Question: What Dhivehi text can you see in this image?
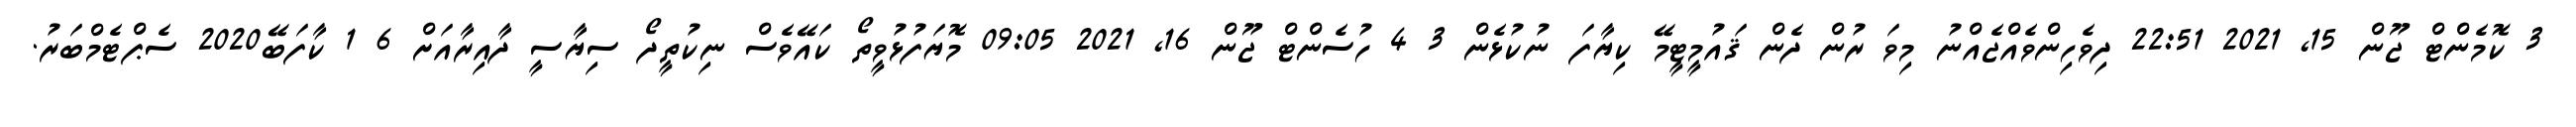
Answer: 3 ކޮމެންޓް ޖޫން 15, 2021 22:51 ދިވެހިންވެއްޖެއްނު މިވަ ރުން ދެން ޤައުމީޓީމޭ ކިޔާފަ ނުކުޅެން 3 4 ހުސެންޓް ޖޫން 16, 2021 09:05 މޮޔަފުޅުވީތޯ ކައޭވެސް ނިކުތީދޯ ސިޔާސީ ދާއިރާއަށް 6 1 ކާފަބޭ2020 ސެޕްޓެމްބަރު.